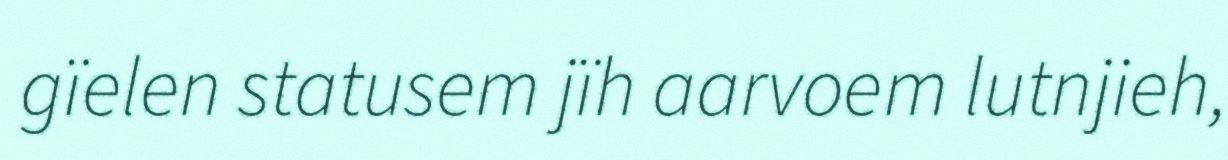
gïelen statusem jïh aarvoem lutnjieh,